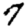
Digit: 7